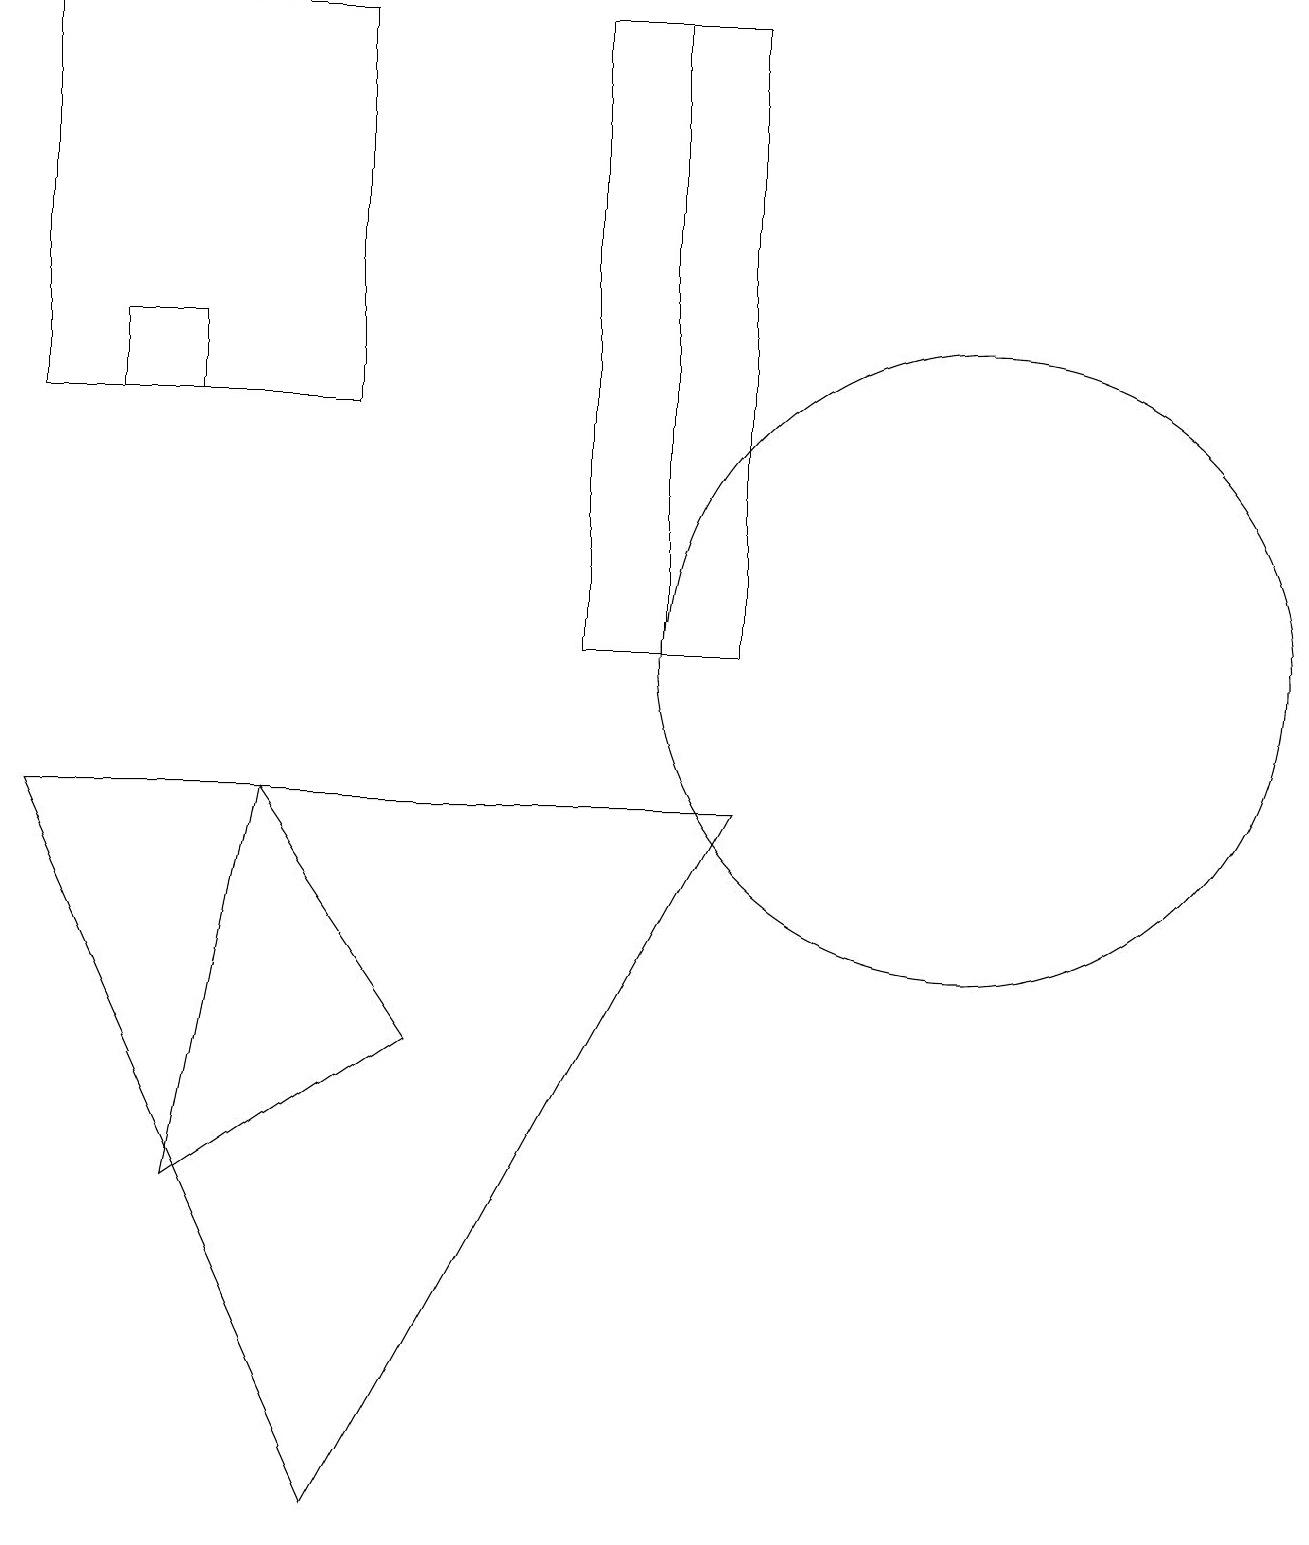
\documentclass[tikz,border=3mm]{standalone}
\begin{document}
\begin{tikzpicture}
\draw (0,14) rectangle (0,14);
\draw (9,19) rectangle (8,11);
\draw (2,15) rectangle (1,14);
\draw (5,6) -- (2,4) -- (3,9) -- cycle;
\draw (0,9) -- (4,0) -- (9,9) -- cycle;
\draw (4,19) rectangle (0,14);
\draw (12,11) circle (4);
\draw (7,19) rectangle (8,11);
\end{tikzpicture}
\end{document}